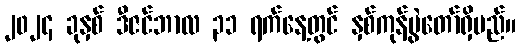
၂၀၂၄ ခုနှစ် ဒီဇင်ဘာလ ၃၁ ရက်နေ့တွင် နှစ်ကုန်ပွဲတော်ရှိမည်။